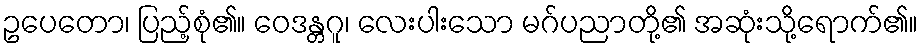
ဥပေတော၊ ပြည့်စုံ၏။ ဝေဒန္တဂူ၊ လေးပါးသော မဂ်ပညာတို့၏ အဆုံးသို့ရောက်၏။